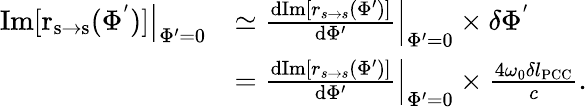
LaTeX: \begin{array}{rl}{\left.\mathrm{Im[r_{s\rightarrow s}(\Phi^{'})]}\right|_{\Phi^{\prime}=0}}&{\simeq\left.\frac{\mathrm{d}\mathrm{Im}[r_{s\rightarrow s}(\Phi^{\prime})]}{\mathrm{d}\Phi^{\prime}}\right|_{\Phi^{\prime}=0}\times\delta\Phi^{'}}\\ &{=\left.\frac{\mathrm{d}\mathrm{Im}[r_{s\rightarrow s}(\Phi^{\prime})]}{\mathrm{d}\Phi^{\prime}}\right|_{\Phi^{\prime}=0}\times\frac{4\omega_{0}\delta l_{\mathrm{PCC}}}{c}.}\end{array}